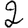
Digit: 2